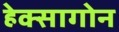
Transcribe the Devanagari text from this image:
हेक्सागोन